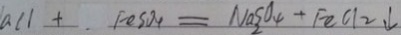
a C l + F e S O _ { 4 } = N a _ { 2 } S O _ { 4 } + F e C l _ { 2 } \downarrow